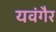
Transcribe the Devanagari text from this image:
यवंगैर